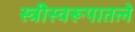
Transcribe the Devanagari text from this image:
स्त्रीस्वरूपातले